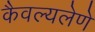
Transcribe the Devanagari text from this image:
कैवल्यलेणे